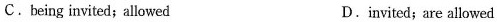
C.being invited;allowed D.invited;are allowed